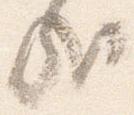
哉